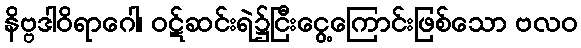
နိဗ္ဗဒါဝိရာဂေါ၊ ဝဋ်ဆင်းရဲ၌ငြီးငွေ့ကြောင်းဖြစ်သော ဗလဝ